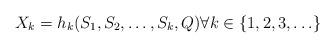
LaTeX: \begin{align*} X_k = h_k(S_1, S_2, \ldots, S_k, Q) \forall k \in \{1, 2, 3, \ldots\}\end{align*}